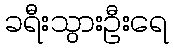
ခရီးသွားဦးရေ